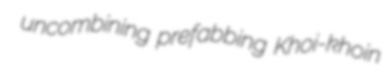
uncombining prefabbing Khoi-khoin